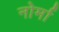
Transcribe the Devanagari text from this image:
नोर्मा